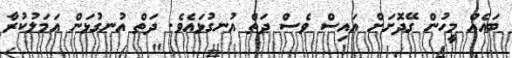
ބައެއް މީހުން ގޭދޮށަށް އައިސް ވެސް ދަތް އުނގުޅައެވެ. ދަތް އުނގުޅަން އަމަލުކުރާ